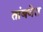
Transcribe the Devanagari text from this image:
तांबवेत